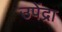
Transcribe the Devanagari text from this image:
उपेंद्रा